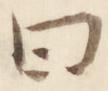
曰